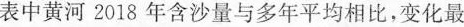
表中黄河2018年含沙量与多年平均相比，变化最